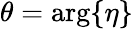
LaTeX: \theta=\arg\{ \eta\}